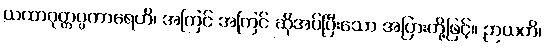
ယထာဝုတ္တပ္ပကာရေဟိ၊ အကြင် အကြင် ဆိုအပ်ပြီးသော အပြားတို့ဖြင့်။ ဉာယတိ၊